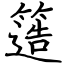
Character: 簉